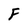
Character: F